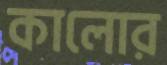
কালোর